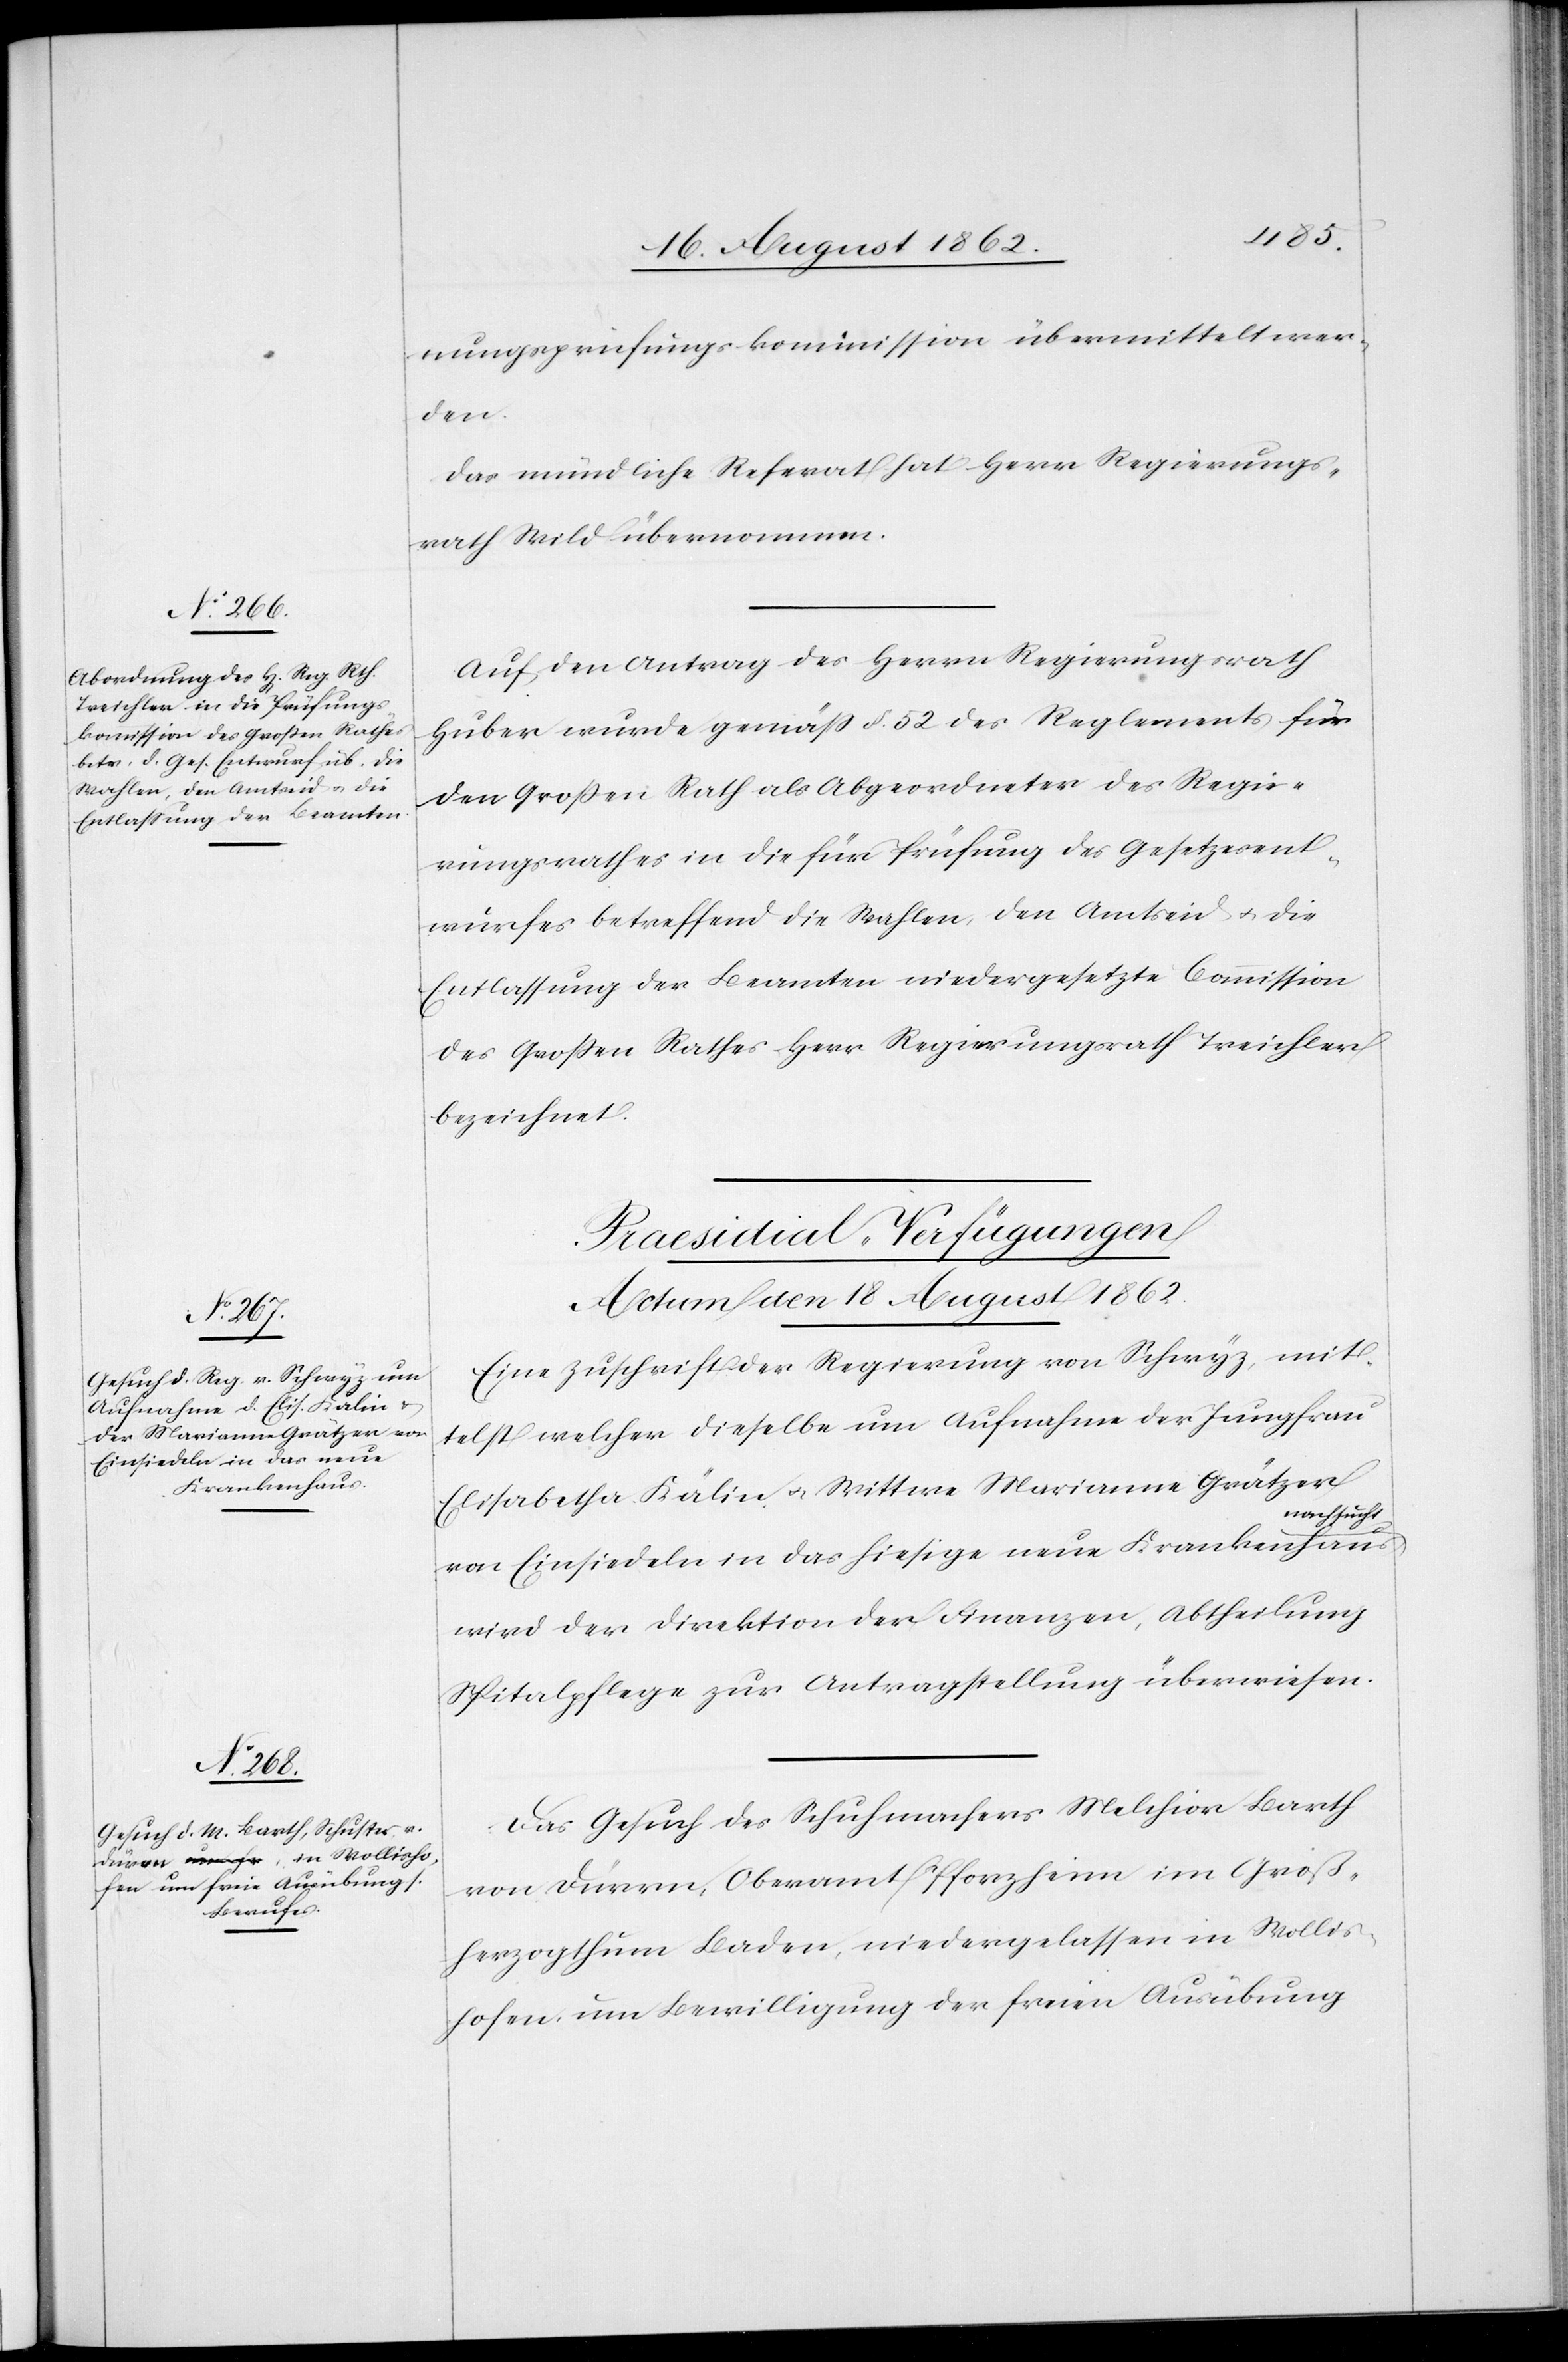
nungsprüfungskommission übermittelt wer¬
den.
Das mündliche Referat hat Herr Regierungs¬
rath Wild übernommen.
Auf den Antrag des Herrn Regierungsrath
Huber wurde gemäß §. 52 des Reglements für
den Großen Rath als Abgeordneten des Regie¬
rungsrathes in die für Prüfung des Gesetzesent¬
wurfes betreffend die Wahlen, den Amtseid u. die
Entlassung der Beamten niedergesetzte Commission
des Großen Rathes Herr Regierungsrath Treichler
bezeichnet.
[Praesidial-Verfügungen
Actum den 18. August 1862.]
Eine Zuschrift der Regierung von Schwyz, mit¬
telst welcher dieselbe um Aufnahme der Jungfrau
Elisabetha Kälin u. Wittwe Marianne Grätzer
nachsucht,
von Einsiedeln in das hiesige neue Krankenhaus
wird der Direktion der Finanzen, Abtheilung
Spitalpflege zur Antragstellung überwiesen.
Das Gesuch des Schuhmachers Melchior Barth
von Dürrn, Oberamt Pforzheim im Groß¬
herzogthum Baden, niedergelassen in Wollis¬
hofen, um Bewilligung der freien Ausübung